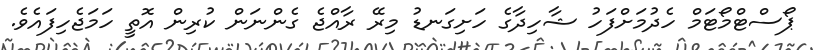
ޕޯސްޓްމޯޓަމް ހެދުމަށްފަހު ޝާހިދާގެ ހަށިގަނޑު މިރޭ ރާއްޖެ ގެންނަން ކުރިން އޮތީ ހަމަޖެހިފައެވެ.